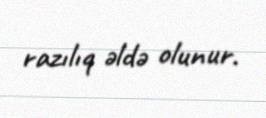
razılıq əldə olunur.